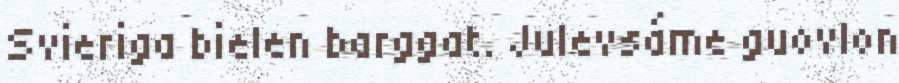
Svieriga bielen barggat. Julevsáme guovlon